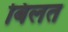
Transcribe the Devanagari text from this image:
बिलत